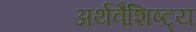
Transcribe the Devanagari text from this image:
अर्थवैशिष्ट्य